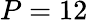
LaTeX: P=12